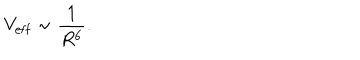
V _ { \mathrm { e f f } } \sim { \frac { 1 } { R ^ { 6 } } } .